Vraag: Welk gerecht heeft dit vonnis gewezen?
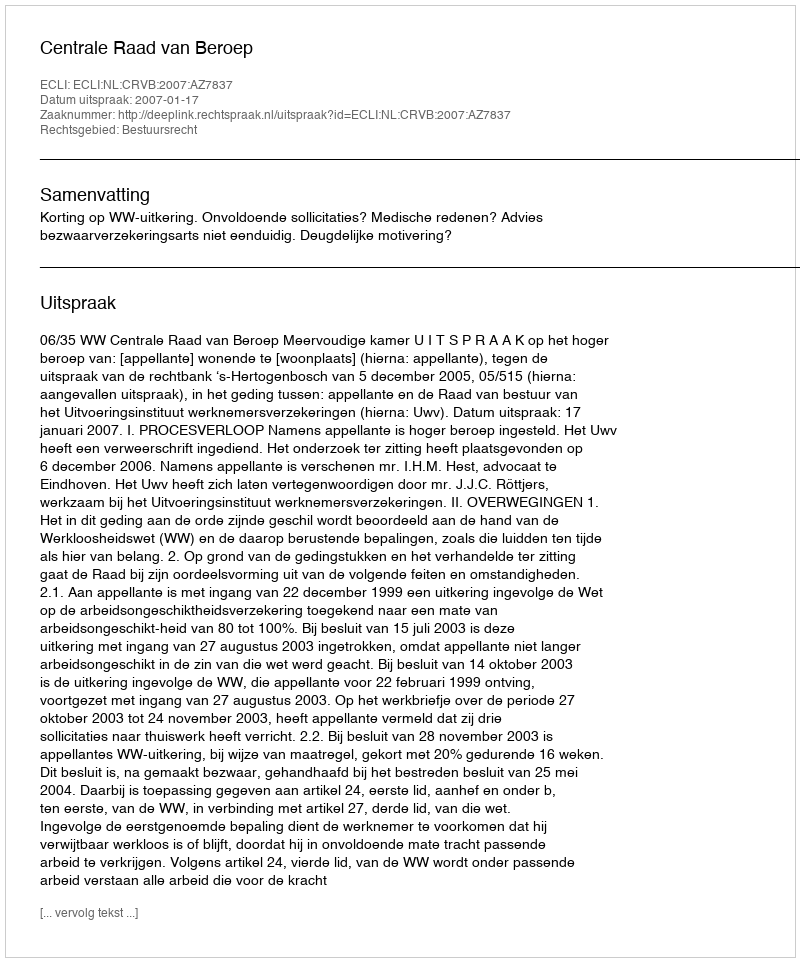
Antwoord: Centrale Raad van Beroep